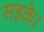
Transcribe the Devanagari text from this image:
सड़के।